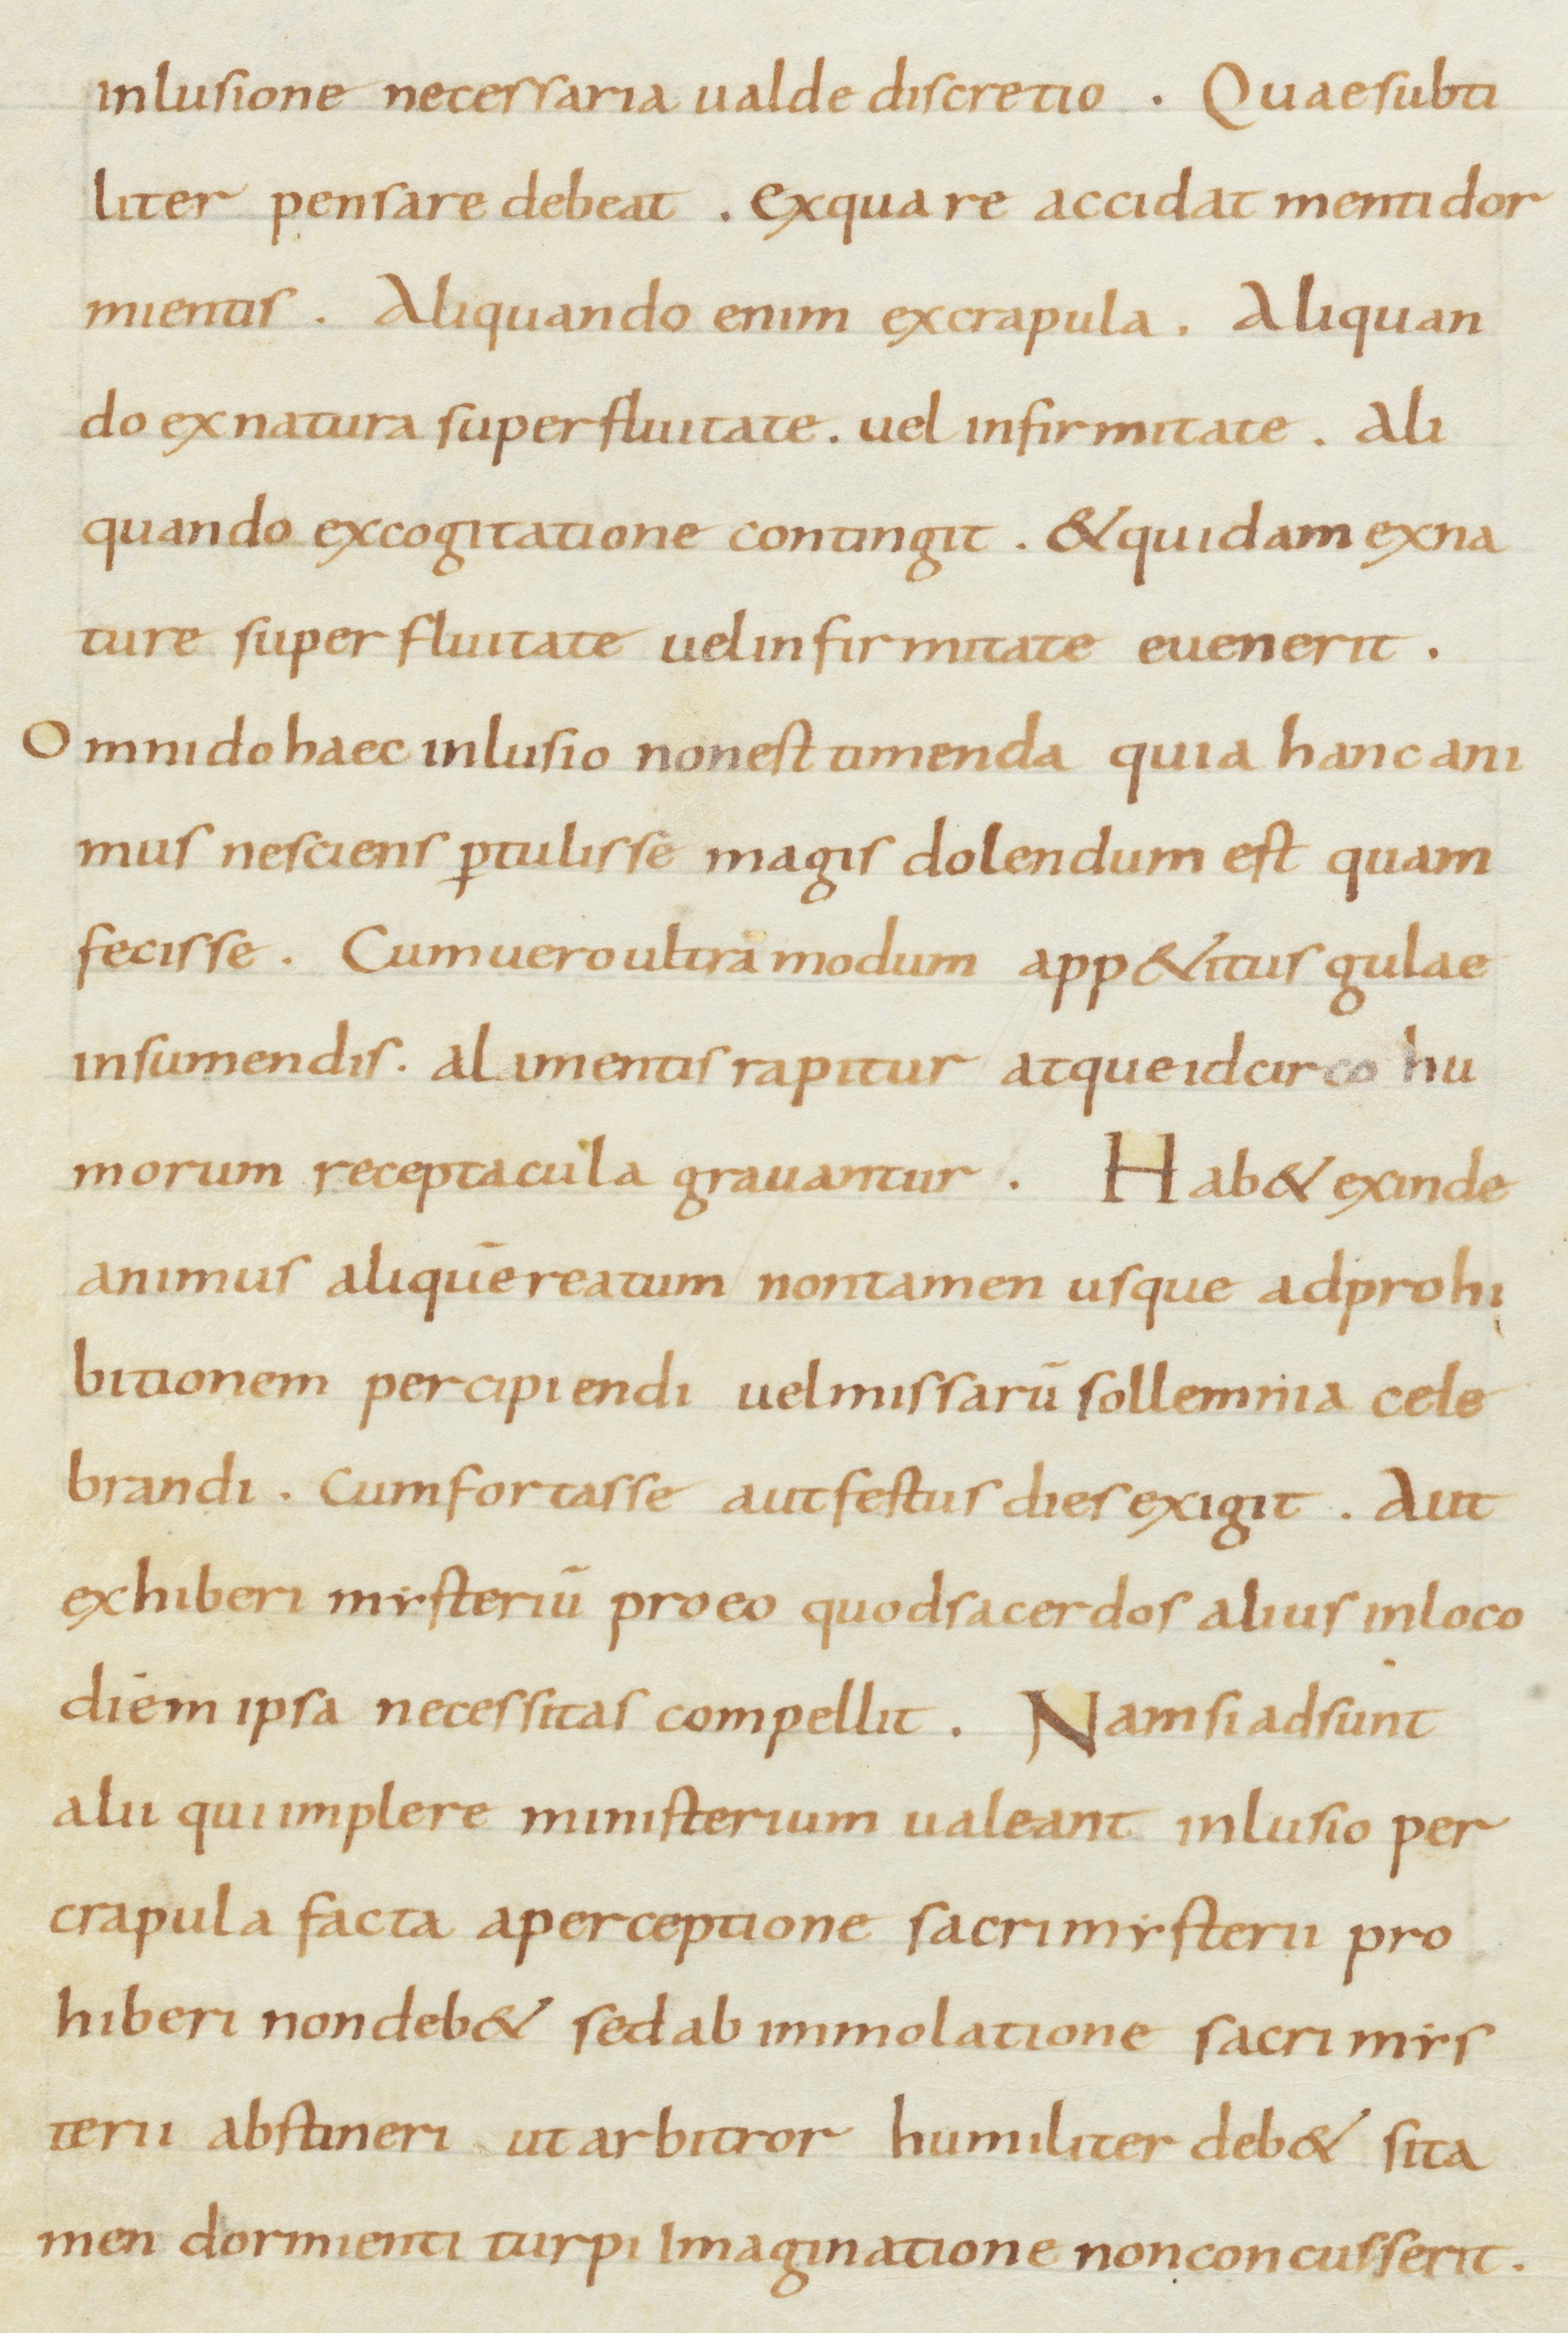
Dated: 800–899